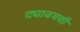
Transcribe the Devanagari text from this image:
द्यावयची